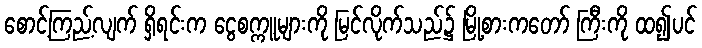
စောင့်ကြည့်လျက် ရှိရင်းက ငွေစက္ကူများကို မြင်လိုက်သည်၌ မြို့စားကတော် ကြီးကို ထ၍ပင်